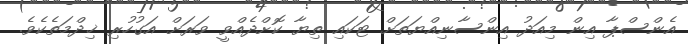
އެންސްޕާ އިން މިއަދު އިންސާނިއްޔަތަށް ޓަކައި ތިޔާ ކޮށްދެއްވީ ވަރަށް އަގުހުރި ޚިދްމަތެކެވެ.